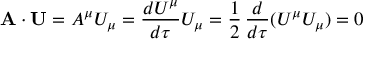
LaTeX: \mathbf { A } \cdot \mathbf { U } = A ^ { \mu } U _ { \mu } = { \frac { d U ^ { \mu } } { d \tau } } U _ { \mu } = { \frac { 1 } { 2 } } \, { \frac { d } { d \tau } } ( U ^ { \mu } U _ { \mu } ) = 0